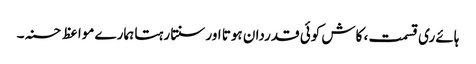
ہائے ری قسمت، کاش کوئی قدردان ہوتا اور سنتا رہتا ہمارے مواعظ حسنہ۔